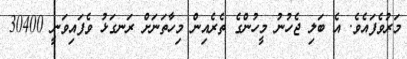
މަރުވެފައެވެ. އެ ބަލި ޖެހުނު މީހުންގެ ތެރެއިން މިހާތަނަށް ރަނގަޅު ވެފައިވަނީ 30400